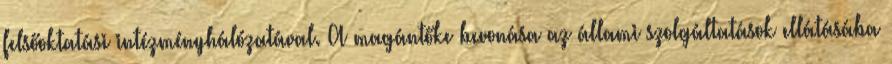
felsőoktatási intézményhálózatával. A magántőke bevonása az állami szolgáltatások ellátásába